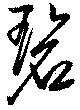
碧